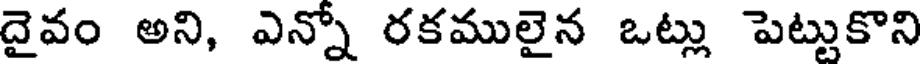
దైవం అని, ఎన్నో రకములైన ఒట్లు పెట్టుకొని